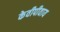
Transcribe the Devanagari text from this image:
केवीपीवाय